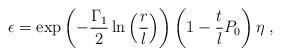
LaTeX: \begin{align*}\epsilon =\exp \left( -\frac{\Gamma _{1}}{2}\ln \left(\frac{r}{l}\right) \right) \left(1-\frac{t}{l}P_{0}\right) \eta \;,\end{align*}